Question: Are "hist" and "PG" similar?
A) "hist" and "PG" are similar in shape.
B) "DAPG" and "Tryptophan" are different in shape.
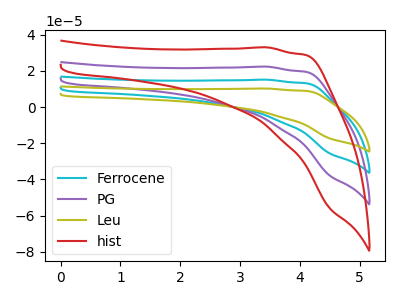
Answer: <think>The cyan curve "Ferrocene" has no peaks. The purple curve "PG" has no peaks. The olive curve "Leu" has no peaks. The red curve "hist" has no peaks.
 Neither "hist" or "PG" have any peaks.</think>
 <answer>A) "hist" and "PG" are similar in shape.</answer>
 <eval>A</eval>